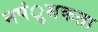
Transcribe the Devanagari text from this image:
नपंुसकता